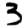
Digit: 3